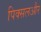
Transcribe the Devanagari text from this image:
पिक्सलऔर